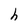
Character: h